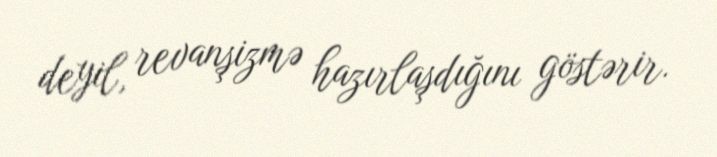
deyil, revanşizmə hazırlaşdığını göstərir.